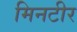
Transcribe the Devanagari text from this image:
मिनटीर